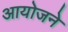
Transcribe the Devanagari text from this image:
आयोजने